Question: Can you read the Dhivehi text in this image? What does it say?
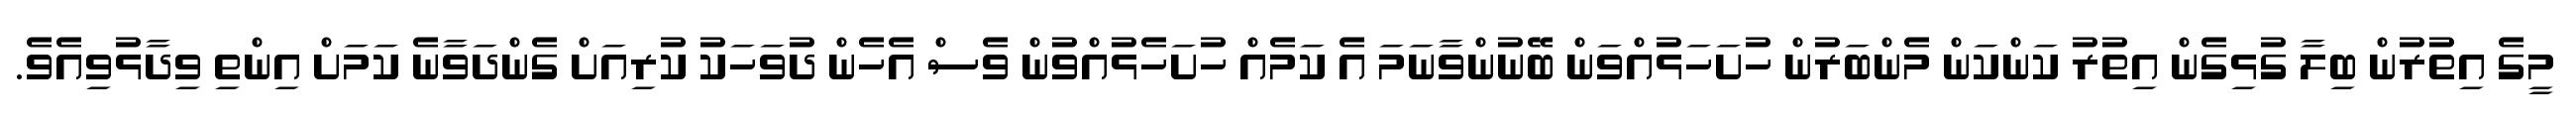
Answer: މީގެ އިތުރުން ބިލާ ގުޅިގެން އިތުރު ކަންކަން މެންބަރުން ހުށަހަޅުއްވަން ބޭނުންވާނަމަ އެ ކަމެއް ހުށަހެޅުއްވުން ވެސް އެހެން ދުވަހަކު ކުރިއަށް ގެންދަވާނެ ކަމަށް އިންތި ވިދާޅުވިއެވެ.